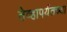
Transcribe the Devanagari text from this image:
तेव्हापर्यतच्या